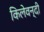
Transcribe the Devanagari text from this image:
किलेवन्दी